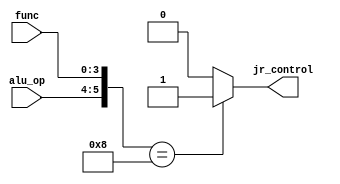
`timescale 1ns / 1ps
//////////////////////////////////////////////////////////////////////////////////
// Company: 
// Engineer: 
// 
// Design Name: 
// Module Name: jr_control_unit
// Project Name: 
// Target Devices: 
// Tool Versions: 
// Description: 
// 
// Dependencies: 
// 
// Revision:
// Revision 0.01 - File Created
// Additional Comments:
// 
//////////////////////////////////////////////////////////////////////////////////


module jr_control_unit(alu_op, func, jr_control);
    input [1:0] alu_op;
    input [3:0] func;
    output jr_control;
    
    assign jr_control = ({alu_op,func} == 6'b001000) ? 1'b1 : 1'b0; 
endmodule